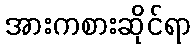
အားကစားဆိုင်ရာ